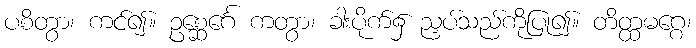
ပစိတွာ၊ ကင်၍။ ဥစ္ဆေင်္ဂေ ကတွာ၊ ခါးပိုက်၌ ညှပ်သည်ကိုပြု၍။ တိတ္ထမဂ္ဂေ၊